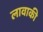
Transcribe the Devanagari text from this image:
लावाकी